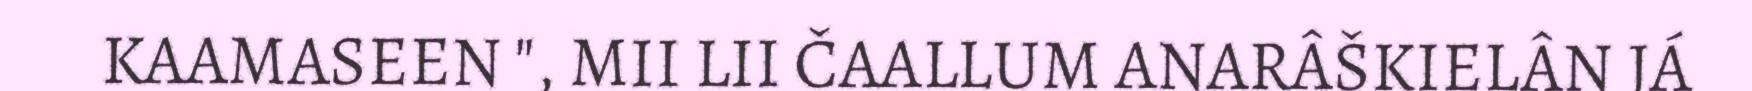
KAAMASEEN ", MII LII ČAALLUM ANARÂŠKIELÂN JÁ